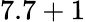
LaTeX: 7.7+1